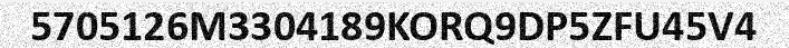
5705126M3304189KORQ9DP5ZFU45V4